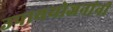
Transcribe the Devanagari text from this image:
उपाययोजनांनी